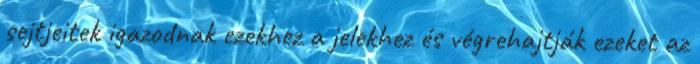
sejtjeitek igazodnak ezekhez a jelekhez és végrehajtják ezeket az